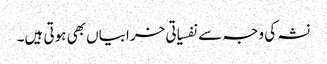
نشہ کی وجہ سے نفسیاتی خرابیاں بھی ہوتی ہیں۔